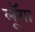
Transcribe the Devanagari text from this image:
लूॅगा